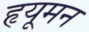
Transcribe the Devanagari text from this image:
हृयूमन